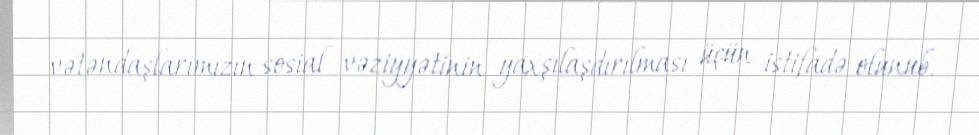
vətəndaşlarımızın sosial vəziyyətinin yaxşılaşdırılması üçün istifadə olunub.